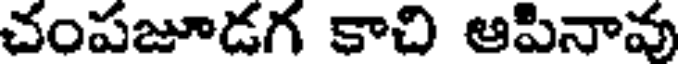
చంపజూడగ కాచి ఆపినావు